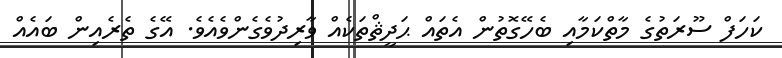
ކަހަފް ސޫރަތުގެ މާތްކަމާއި ބެހޭގޮތުން އެތައް ޙަދީޘްތަކެއް ވާރިދުވެގެންވެއެވެ. އޭގެ ތެރެއިން ބައެއް